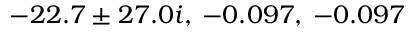
- 2 2 . 7 \pm 2 7 . 0 i , \: - 0 . 0 9 7 , \: - 0 . 0 9 7